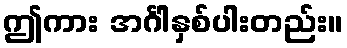
ဤကား အင်္ဂါနှစ်ပါးတည်း။